Report of the Indian Hemp Drugs Commission, 1894-1895 - Volume III
Year: 1894
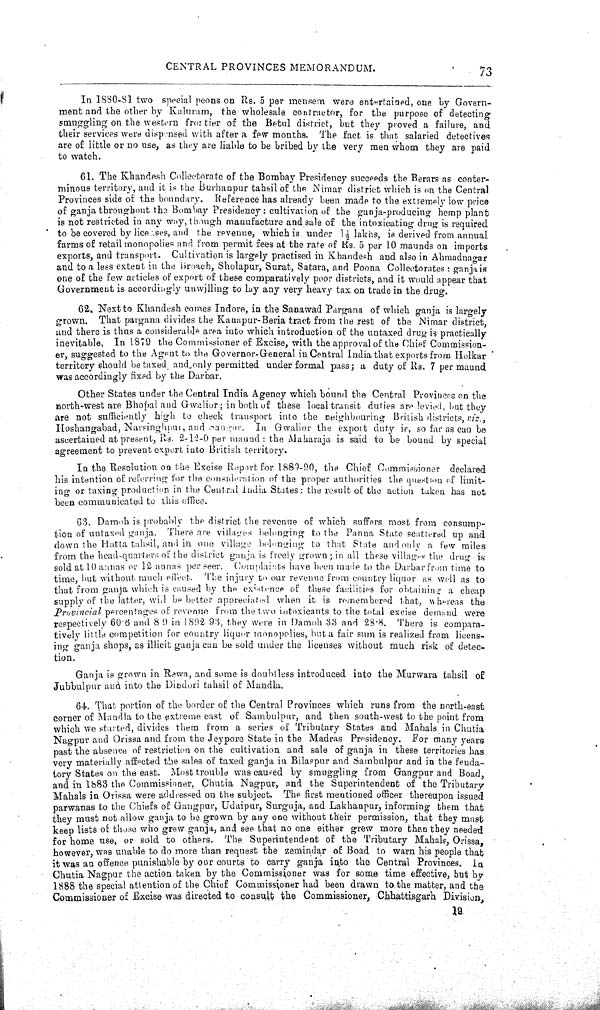
CENTRAL PROVINCES MEMORANDUM.
73
In 1880-81 two special peons on Rs. 5 per mensem were entertained, one by Govern-
ment and the other by Kaluram, the wholesale contractor, for the purpose of detecting
smuggling on the western frontier of the Betul district, but they proved a failure, and
their services were dispensed with after a few months. The fact is that salaried detectives
are of little or no use, as they are liable to be bribed by the very men whom they are paid
to watch.
61. The Khandesh Collectorate of the Bombay Presidency succeeds the Berars as conter-
minous territory, and it is the Burhanpur tahsil of the Nimar district which is on the Central
Provinces side of the boundary. Reference has already been made to the extremely low price
of ganja throughout the Bombay Presidency: cultivation of the ganja-producing hemp plant
is not restricted in any way, though manufacture and sale of the intoxicating drug is required
to be covered by licenses, and the revenue, which is under 11/2 lakhs, is derived from annual
farms of retail monopolies and from permit fees at the rate of Rs. 5 per 10 maunds on imports
exports, and transport. Cultivation is largely practised in Khandesh and also in Ahmadnagar
and to a less extent in the Broach, Sholapur, Surat, Satara, and Poona Collectorates: ganja is
one of the few articles of export of these comparatively poor districts, and it would appear that
Government is accordingly unwilling to lay any very heavy tax on trade in the drug.
62. Next to Khandesh comes Indore, in the Sanawad Pargana of which ganja is largely
grown. That pargana divides the Kanapur-Beria tract from the rest of the Nimar district,
and there is thus a considerable area into which introduction of the untaxed drug is practically
inevitable. In 1879 the Commissioner of Excise, with the approval of the Chief Commission-
er, suggested to the Agent to the Governor-General in Central India that exports from Holkar
territory should be taxed and only permitted under formal pass; a duty of Rs. 7 per maund
was accordingly fixed by the Darbar.
Other States under the Central India Agency which bound the Central Provinces on the
north-west are Bhopal and Gwalior; in both of these local transit duties are levied, but they
are not sufficiently high to check transport into the neighbouring British districts, viz.,
Hoshangabad, Narsinghpur, and Sangor. In Gwalior the export duty is, so far as can be
ascertained at present, Rs. 2-12-0 per maund: the Maharaja is said to be bound by special
agreement to prevent export into British territory.
In the Resolution on the Excise Report for 1889-90, the Chief Commissioner declared
his intention of referring for the consideration of the proper authorities the questioun of limit-
ing or taxing production in the Central India States: the result of the action taken has not
been communicated to this office.
63. Damoh is probably the district the revenue of which suffers most from consump-
tion of untaxed ganja. There are villages belonging to the Panna State scattered up and
down the Hatta tahsil, and in one village belonging to that State and only a few miles
from the head-quarters of the district ganja is freely grown; in all these villages the drug is
sold at 10 aanas or 12 annas per seer. Complaints have been made to the Darbar from time to
time, but without much effect. The injury to our revenue from country liquor as well as to
that from ganja which is caused by the existence of these facilities for obtaining a cheap
supply of the latter, will be better appreciated when it is remembered that, whereas the
Provincial percentages of revenue from the two intoxicants to the total excise demand were
respectively 60.6 and 8 9 in 1892 93, they were in Damoh 33 and 28.8. There is compara-
tively little competition for country liquor monopolies, but a fair sum is realized from licens-
ing ganja shops, as illicit ganja can be sold under the licenses without much risk of detec-
tion.
Ganja is grown in Rewa, and some is doubtless introduced into the Murwara tahsil of
Jubbulpur and into the Dindori tahsil of Mandla.
64. That portion of the border of the Central Provinces which runs from the north-east
corner of Mandla to the extreme east of Sambulpur, and then south-west to the point from
which we started, divides them from a series of Tributary States and Mahals in Chutia
Nagpur and Orissa and from the Jeypore State in the Madras Presidency. For many years
past the absence of restriction on the cultivation and sale of ganja in these territories has
very materially affected the sales of taxed ganja in Bilaspur and Sambulpur and in the feuda-
tory States on the east. Most trouble was caused by smuggling from Gangpur and Boad,
and in 1883 the Commissioner, Chutia Nagpur, and the Superintendent of the Tributary
Mahals in Orissa were addressed on the subject. The first mentioned officer thereupon issued
parwanas to the Chiefs of Gangpur, Udaipur, Surguja, and Lakhanpur, informing them that
they must not allow ganja to be grown by any one without their permission, that they must
keep lists of those who grew ganja, and see that no one either grew more than they needed
for home use, or sold to others. The Superintendent of the Tributary Mahals, Orissa,
however, was unable to do more than request the zemindar of Boad to warn his people that
it was an offence punishable by our courts to carry ganja into the Central Provinces. In
Chutia Nagpur the action taken by the Commissioner was for some time effective, but by
1888 the special attention of the Chief Commissioner had been drawn to the matter, and the
Commissioner of Excise was directed to consult the Commissioner, Chhattisgarh Division,
19